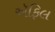
ઍફિલ